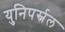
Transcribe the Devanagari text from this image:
युनिपर्स्नल